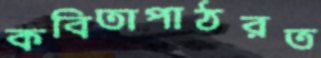
কবিতাপাঠরত